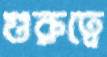
গুরুত্বে